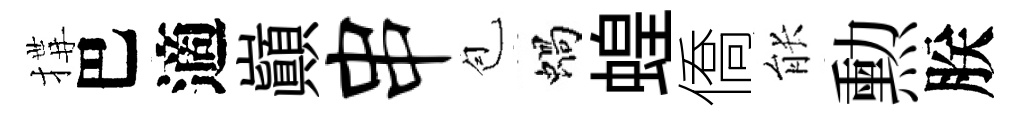
搆巴適巔串苞蝸蝗僑䏻勲朕